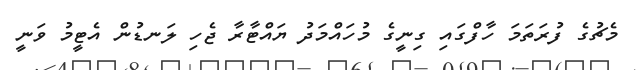
މެޗުގެ ފުރަތަމަ ހާފްގައި ގިނީގެ މުހައްމަދު ޔައްޓާރާ ޖެހި ލަނޑުން އެޓީމު ވަނީ